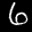
Label: 6